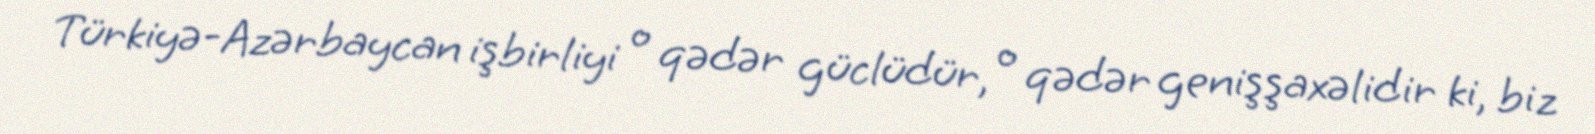
Türkiyə-Azərbaycan işbirliyi o qədər güclüdür, o qədər genişşaxəlidir ki, biz